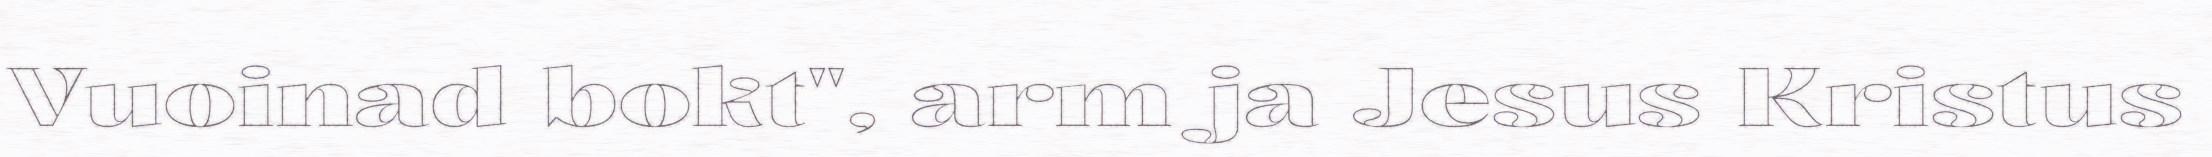
Vuoinad bokt", arm ja Jesus Kristus